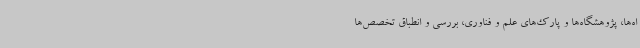
اه‌ها، پژوهشگاه‌ها و پارک‌های علم و فناوری، بررسی و انطباق تخصص‌ها